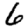
Digit: 6